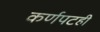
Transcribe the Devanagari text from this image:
कर्णपटही